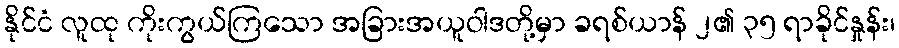
နိုင်ငံ လူထု ကိုးကွယ်ကြသော အခြားအယူဝါဒတို့မှာ ခရစ်ယာန် ၂၏ ၃၅ ရာခိုင်နှုန်း၊